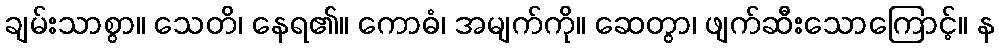
ချမ်းသာစွာ။ သေတိ၊ နေရ၏။ ကောဓံ၊ အမျက်ကို။ ဆေတွာ၊ ဖျက်ဆီးသောကြောင့်။ န